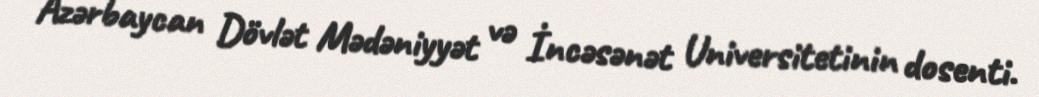
Azərbaycan Dövlət Mədəniyyət və İncəsənət Universitetinin dosenti.